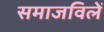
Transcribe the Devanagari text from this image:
समाजविलें